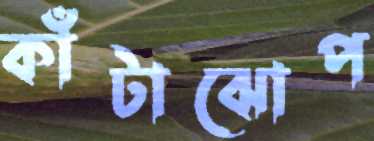
কাঁটাঝোপ